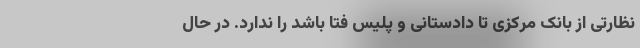
نظارتی از بانک مرکزی تا دادستانی و پلیس فتا باشد را ندارد. در حال